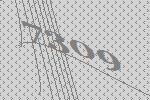
7309